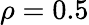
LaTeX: \rho=0.5